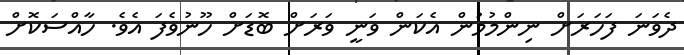
ދެވަނަ ފަހަރަށް ނިންމުމުން އެކަން ވަނީ ވަރަށް ބޮޑަށް ހޫނުވެފަ އެވެ. ހާއްސަކޮށް